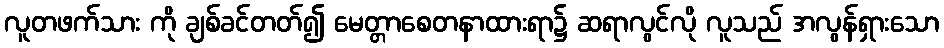
လူတဖက်သား ကို ချစ်ခင်တတ်၍ မေတ္တာစေတနာထားရာ၌ ဆရာလွင်လို လူသည် အလွန်ရှားသော